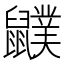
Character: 𪖈